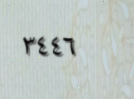
٣٤٤٦